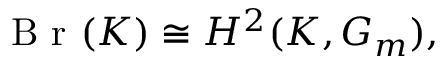
{ \textrm { B r } } ( K ) \cong H ^ { 2 } ( K , G _ { m } ) ,